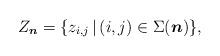
LaTeX: \begin{gather*}Z_{\boldsymbol{n}}= \{z_{i,j} \,|\, (i,j) \in \Sigma({\boldsymbol{n}}) \},\end{gather*}